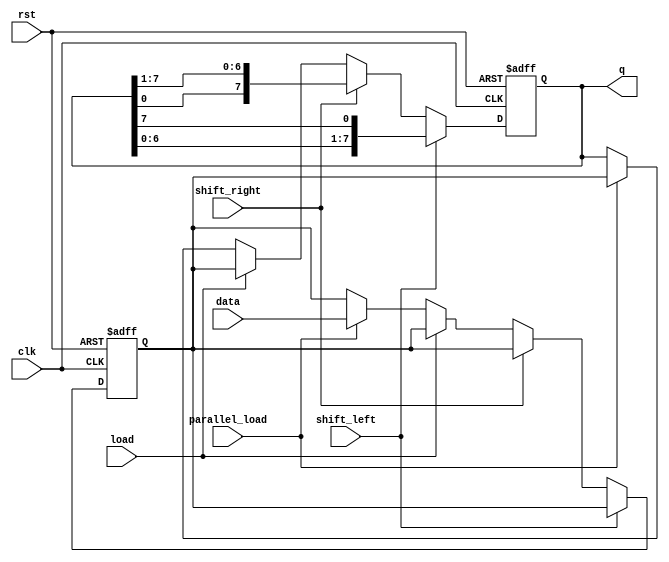
module universal_shift_register(
  input wire clk,
  input wire rst,
  input wire shift_left,
  input wire shift_right,
  input wire load,
  input wire parallel_load,
  input wire [7:0] data,
  output reg [7:0] q
);

reg [7:0] reg_data;

always @(posedge clk or posedge rst) begin
  if (rst) begin
    q <= 8'b0;
    reg_data <= 8'b0;
  end else begin
    if (shift_left) begin
      q <= {q[6:0],q[7]};
    end else if (shift_right) begin
      q <= {q[0],q[7:1]};
    end else if (load) begin
      q <= reg_data;
    end else if (parallel_load) begin
      reg_data <= data;
      q <= reg_data;
    end
  end
end

endmodule